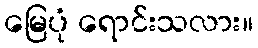
မြေပုံ ရောင်းသလား။